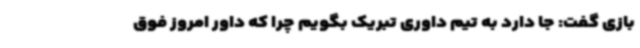
بازی گفت: جا دارد به تیم داوری تبریک بگویم چرا که داور امروز فوق